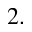
^ { 2 . }